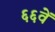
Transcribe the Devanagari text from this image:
६६वें